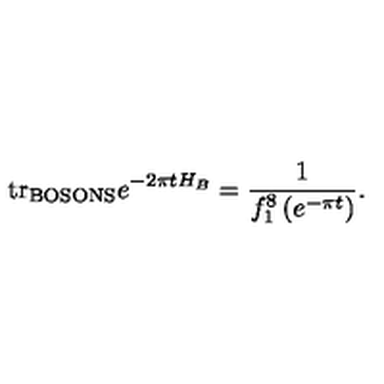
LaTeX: \mathrm { t r } _ { \mathrm { \tiny B O S O N S } } e ^ { - 2 \pi t H _ { B } } = \frac { 1 } { f _ { 1 } ^ { 8 } \left( e ^ { - \pi t } \right) } .